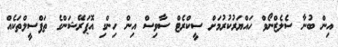
އިން ބުނާ ސެލެޒްނޯވް ހައްޔަރުކުރުމަށް ސީކްރެޓް ސާވިސް އިން ހިންގި އޮޕަރޭޝަންގެ ތަފްސީލްތަކެއް